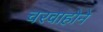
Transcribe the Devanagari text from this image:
चरवाहोने